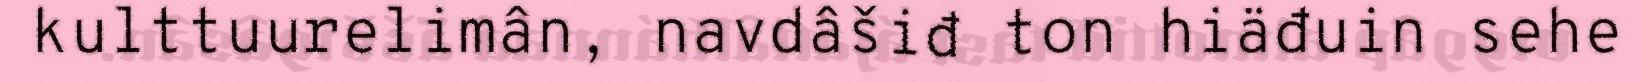
kulttuurelimân, navdâšiđ ton hiäđuin sehe